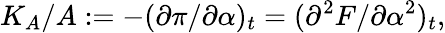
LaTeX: K_{A}/A:=-(\partial\pi/\partial\alpha)_{t}=(\partial^{2}F/\partial\alpha^{2})_{t},